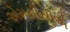
એમસીસીએ